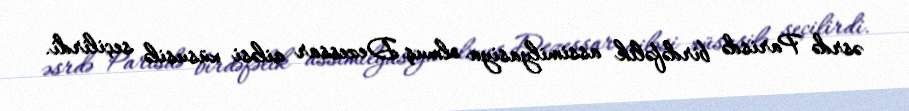
əsrdə Parisdə birdəfəlik assimilyasiya olmuş Dezessar ailəsi xüsusilə seçilirdi.